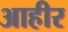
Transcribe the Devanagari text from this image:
आहीर